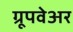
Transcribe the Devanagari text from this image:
ग्रूपवेअर